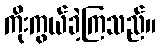
ကိုးကွယ်ခဲ့ကြသည်။